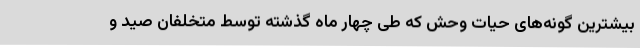
بیشترین گونه‌های حیات وحش که طی چهار ماه گذشته توسط متخلفان صید و